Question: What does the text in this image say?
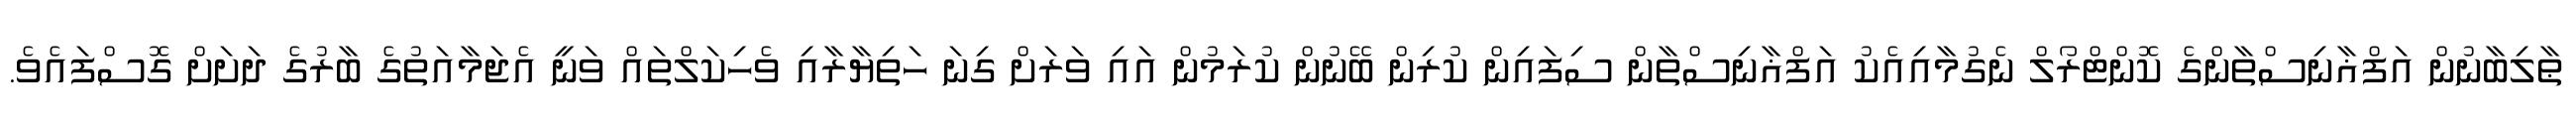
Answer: ޠާލިބާނުން އަފްޣާނިސްތާންގެ ކޮންޓްރޯލް ނެގުމާއިއެކު އަފްޣާނިސްތާން ސިފައިން ކުރިން ބޭނުން ކުރަމުން އައި ވަރަށް ގިނަ ހަތިޔާރާއި ވެހިކަލްތައް ވަނީ އެޖަމާއަތުގެ ބާރުގެ ދަށަށް ގޮސްފައެވެ.